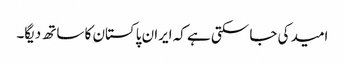
امید کی جا سکتی ہے کہ ایران پاکستان کا ساتھ دیگا۔